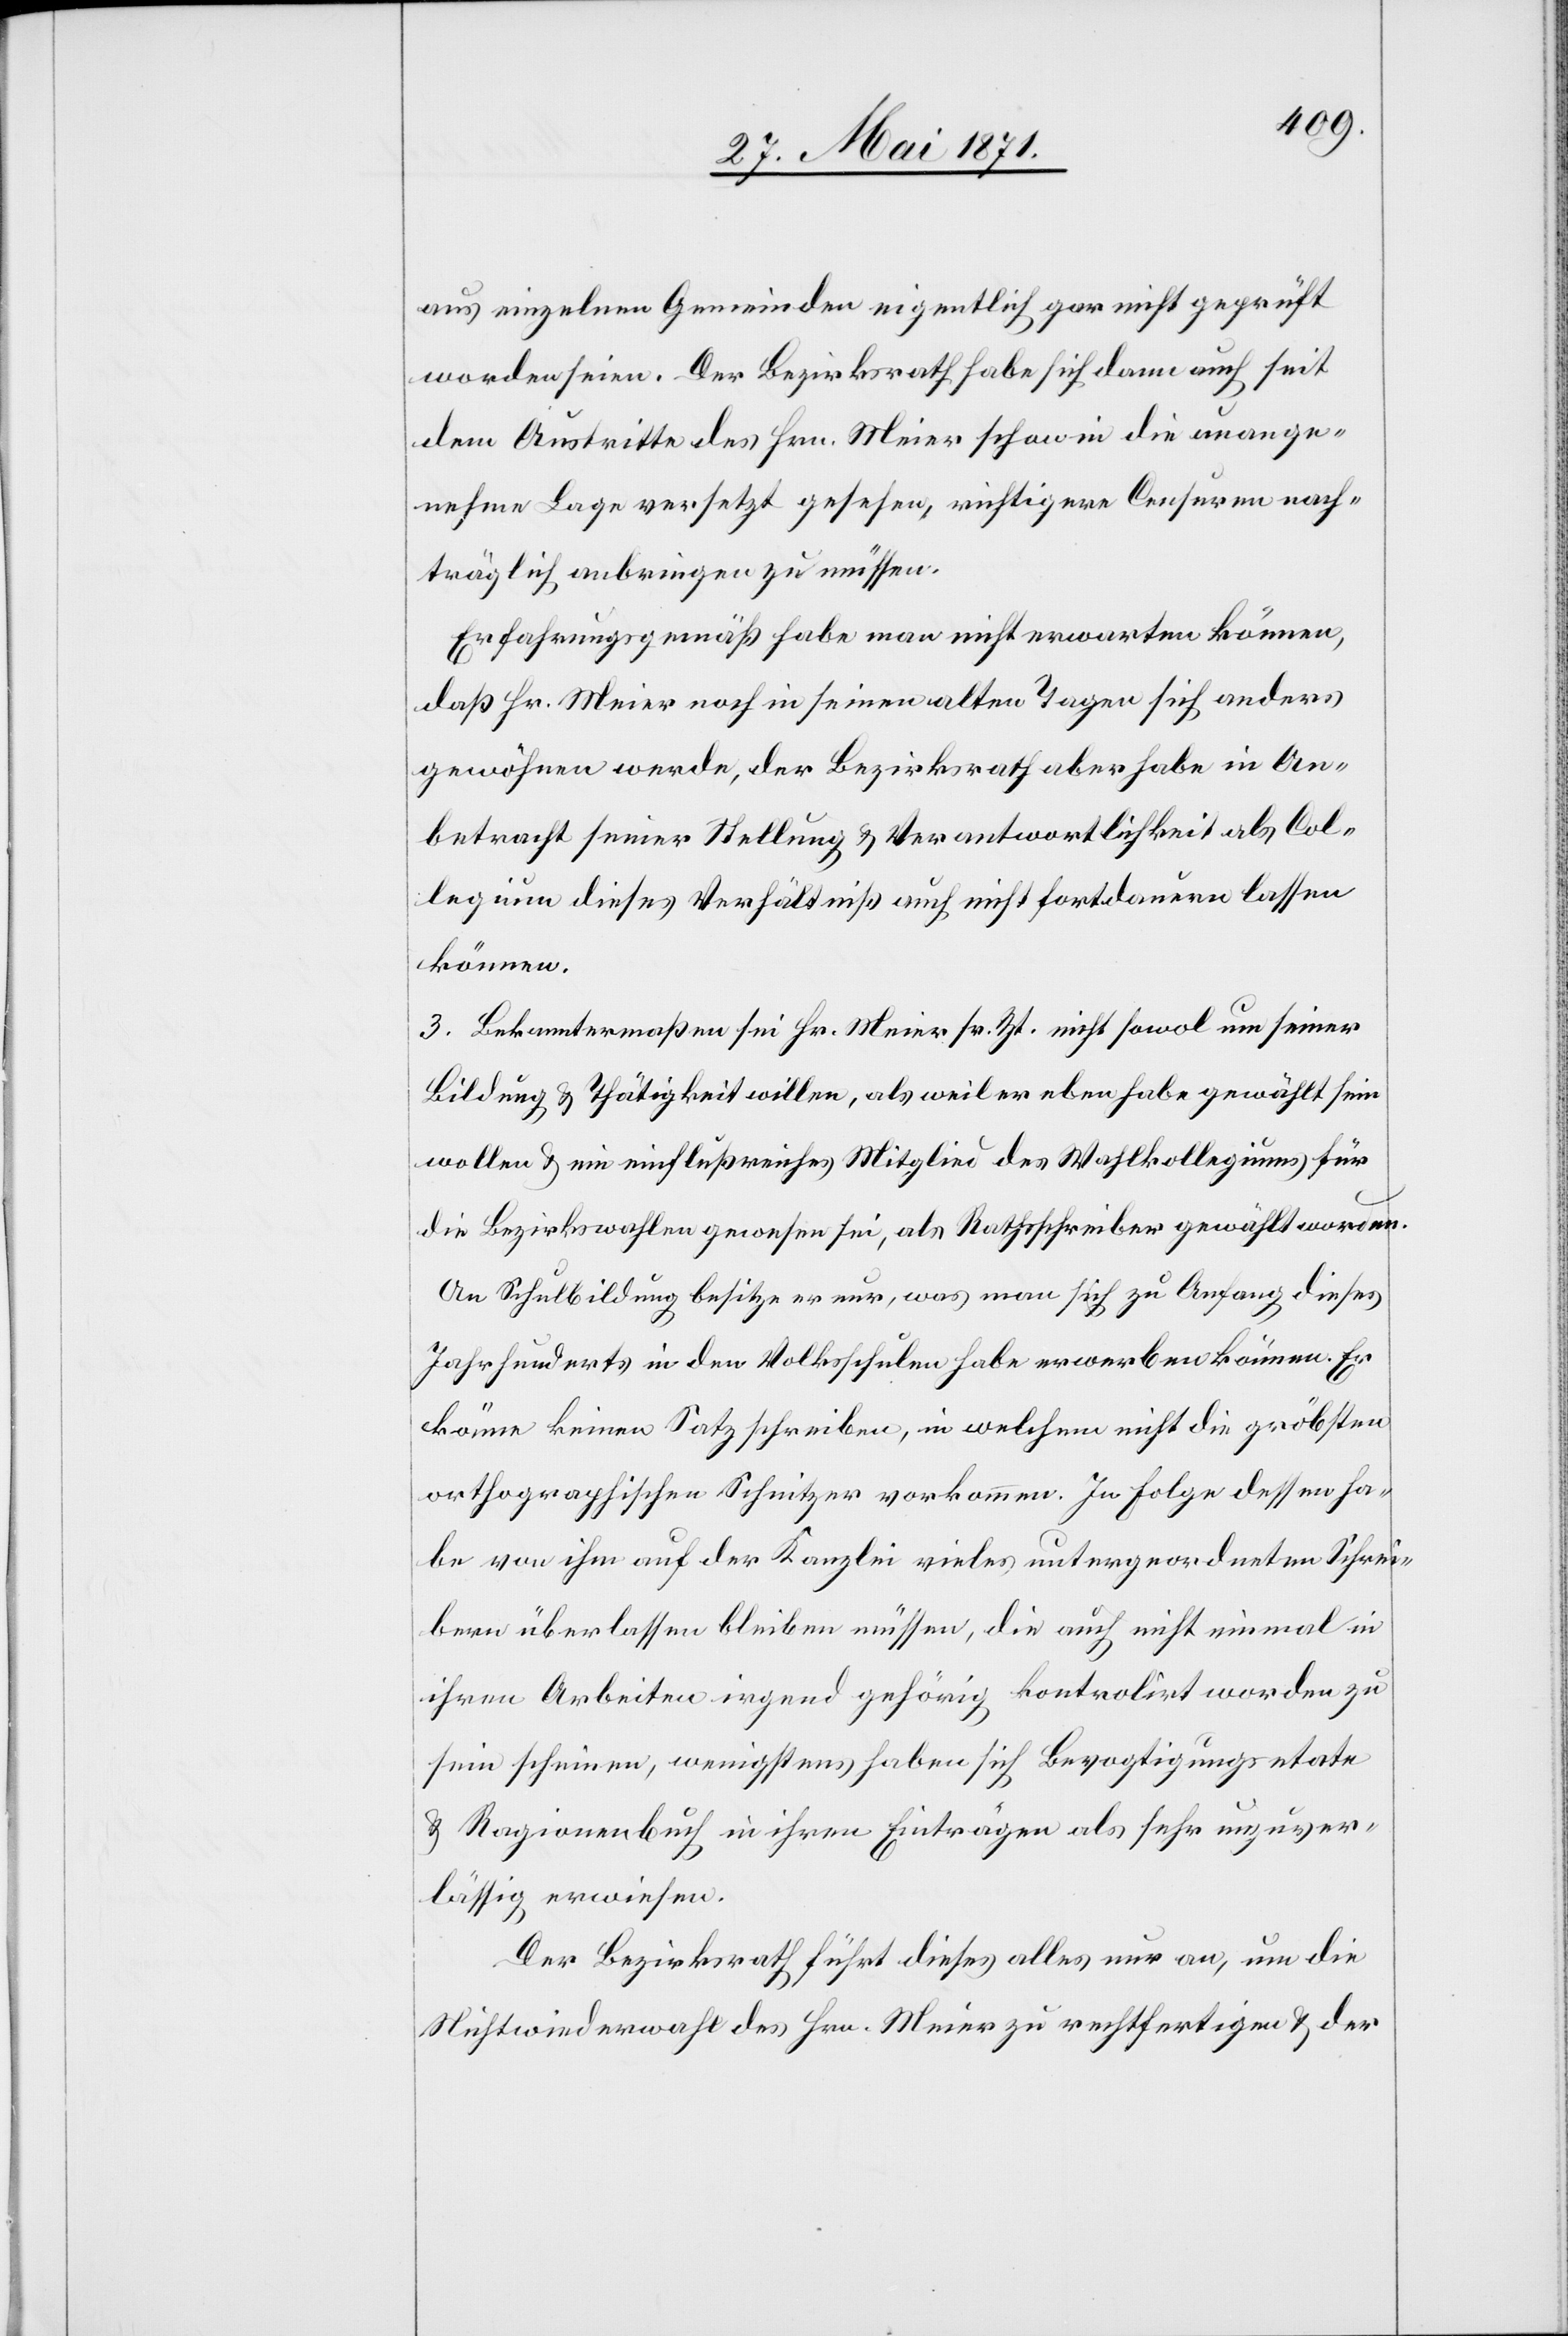
aus einzelnen Gemeinden eigentlich gar nicht geprüft
worden seien. Der Bezirksrath habe sich dann auch seit
dem Austritte des Hrn. Meier schon in die unange¬
nehme Lage versetzt gesehen, richtigere Censuren nach¬
träglich anbringen zu müssen.
Erfahrungsgemäß habe man nicht erwarten können,
daß Hr. Meier noch in seinen alten Tagen sich anders
gewöhnen werde, der Bezirksrath aber habe in An¬
betracht seiner Stellung u. Verantwortlichkeit als Co¬
legium dieses Verhältniß auch nicht fortdauern lassen
können.
3. Bekanntermaßen sei Hr. Meier sr. Zt. nicht sowol um seiner
Bildung u. Thätigkeit willen, als weil er eben habe gewählt sein
wollen u. ein einflußreiches Mitglied des Wahlkollegiums für
die Bezirkswahlen gewesen sei, als Rathsschreiber gewählt worden.
An Schuldbildung besitze er nur, was man sich zu Anfang dieses
Jahrhunderts in den Volksschulen habe erwerben können. Er
könne keinen Satz schreiben, in welchem nicht die gröbsten
orthographischen Schnitzer vorkommen. In Folge dessen ha¬
ben von ihm auf der Kanzlei vieles untergeordneten Schrei¬
bern überlassen bleiben müssen, die auch nicht einmal in
ihren Arbeiten irgend gehörig kontrolirt worden zu
sein scheinen, wenigstens haben sich Bevogtigungsetate
u. Ragionenbuch in ihren Einträgen als sehr unzuver¬
lässig erwiesen.
Der Bezirksrath führt dieses alles nur an, um die
Nichtwiederwahl des Hrn. Meier zu rechtfertigen u. der